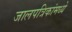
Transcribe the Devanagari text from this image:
जालपत्रिकांमध्ये